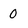
Character: 0